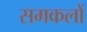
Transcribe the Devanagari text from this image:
समकलों